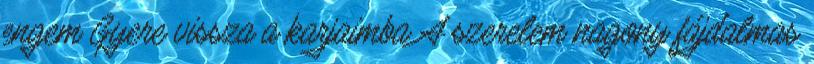
engem Gyere vissza a karjaimba A szerelem nagony fájdalmas